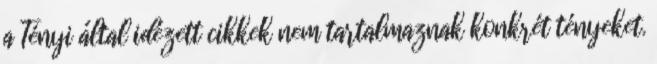
a Tényi által idézett cikkek nem tartalmaznak konkrét tényeket.